Annual report of the Camel Specialist
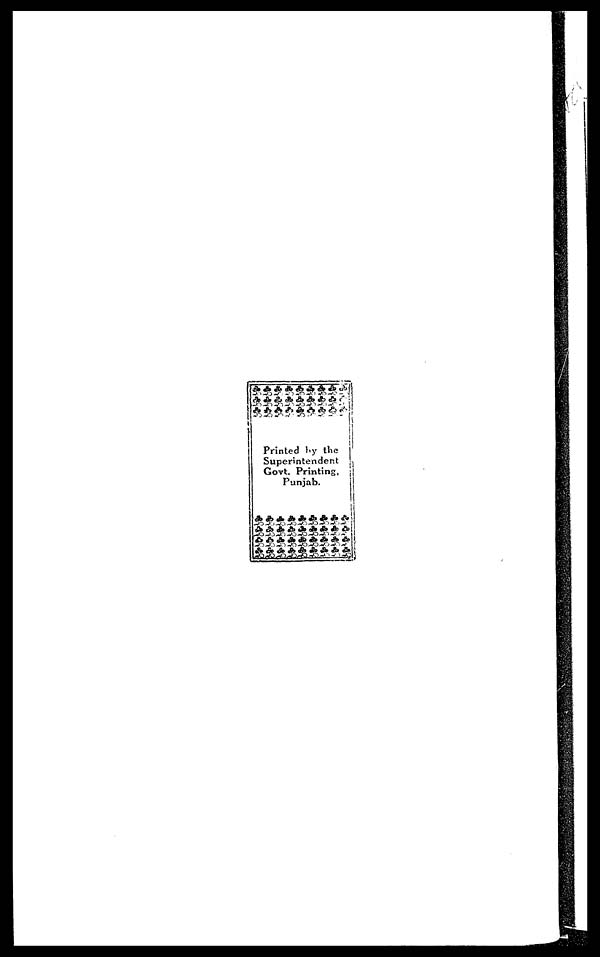
Printed by the
Superintendent
Govt. Printing,
Punjab.